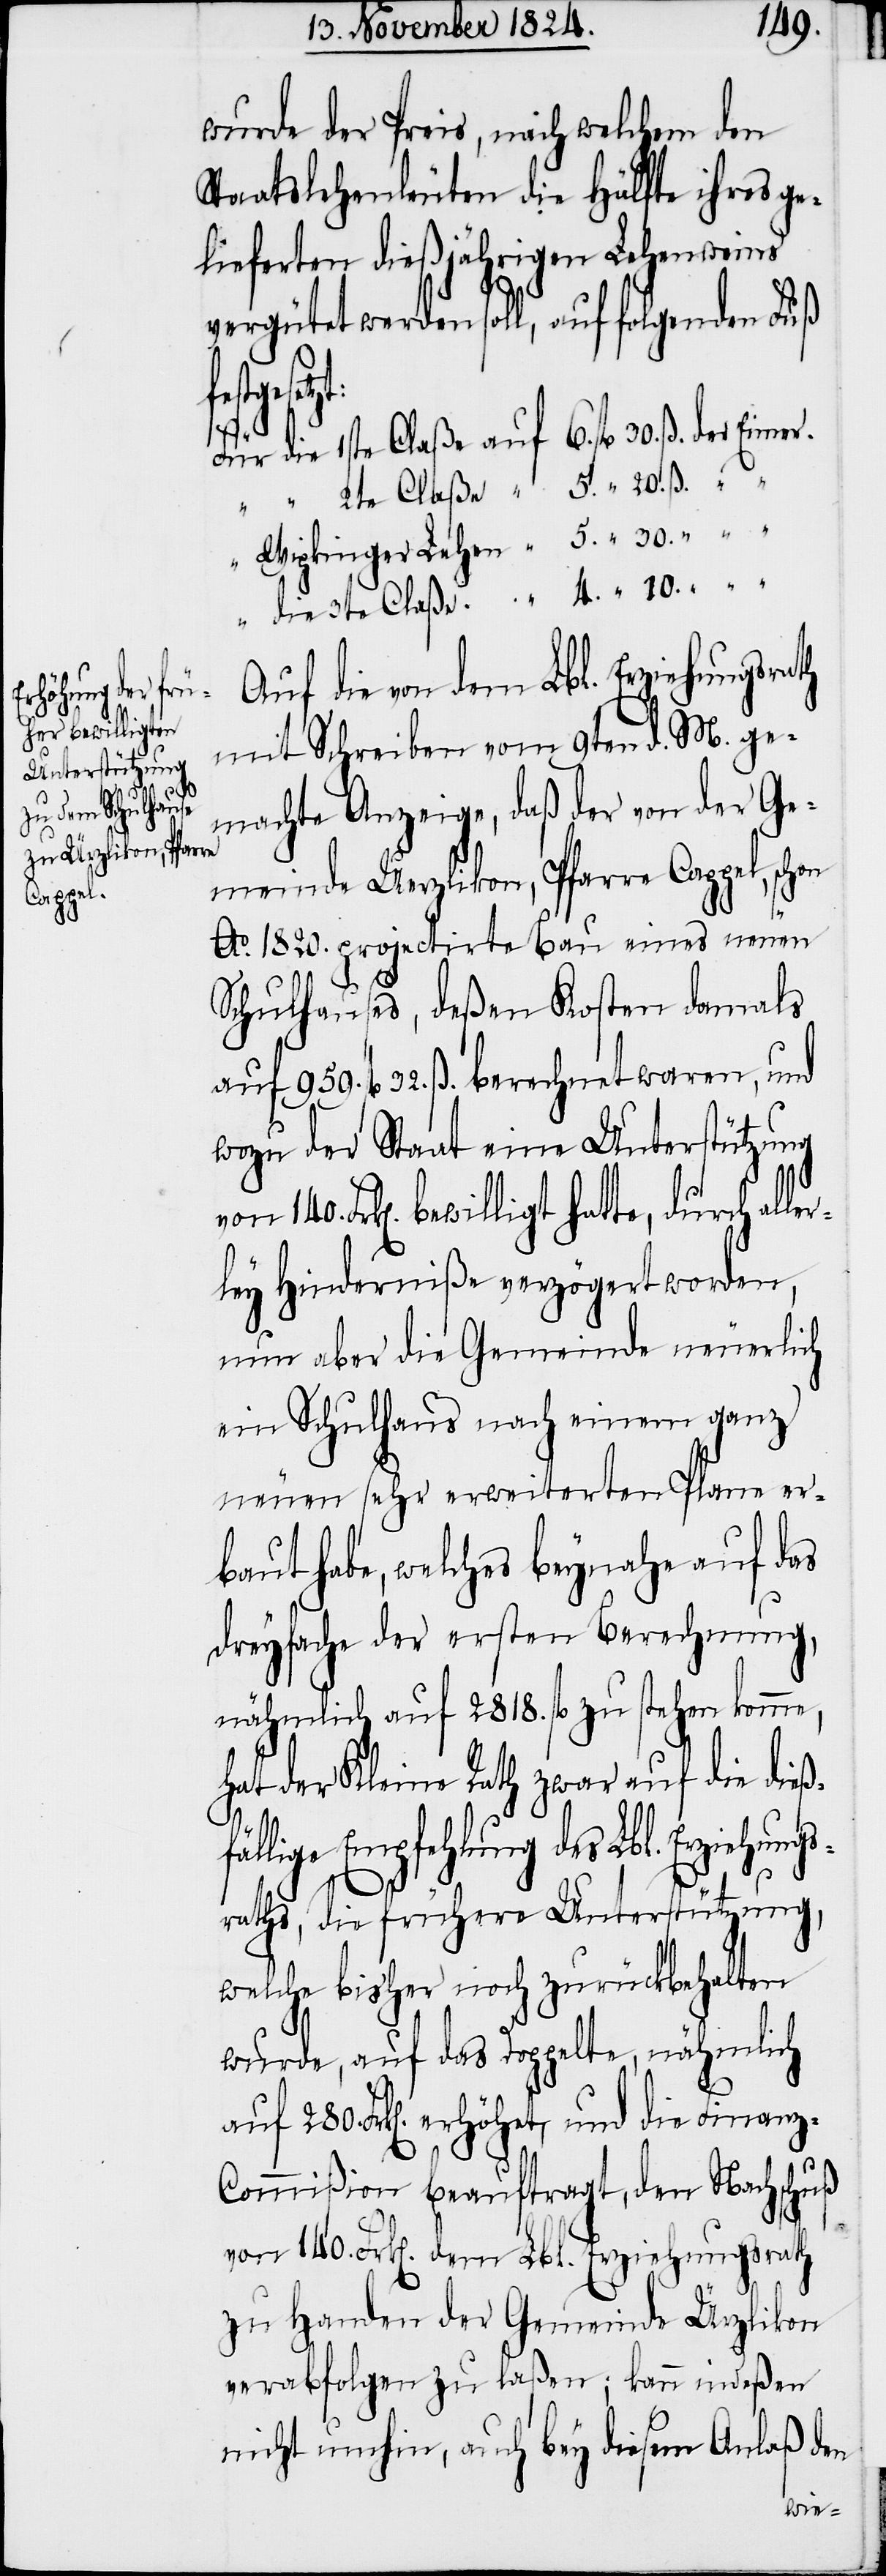
140.
wurde der Preis, nach welchem den
Staatslehenleuten die Hälfte ihres ge¬
lieferten dießjährigen Lehenweins
vergütet werden soll, auf folgenden Fuß
Eimer.
Für die 1ste Claße auf 	6. fl.	30. ß. der
Wipkinger Lehen	5. “		30. “ “
Auf die von dem Lbl. Erziehungsrath
Claße auf	5.
mit Schreiben vom 9ten d. M. ge¬
machte Anzeige, daß der von der Ge¬
meinde Uerzlikon, Pfarre Cappel, schon
Ao. 1820. projectirte Bau eines neuen
ß.
Schulhauses, deßen Kosten damals
auf 959. fl. 32. ß. berechnet waren, und
wozu der Staat eine Unterstützung
Frk[en]. bewilligt hatte, durch alle¬
rley Hinderniße verzögert worden,
nun aber die Gemeinde neuerlich
ein Schulhaus nach einem ganz
neuen sehr erweiterten Plane ver¬
baut habe, welches beynahe auf das
dreyfache der ersten Berechnung,
nähmlich auf 2818. fl. zu stehen komme,
hat der Kleine Rath zwar auf die dieß¬
fällige Empfehlung des Lbl. Erziehungs¬
“
raths, die frühere Unterstützung,
welche bisher noch zurückbehalten
wurde, auf das Doppelte, nähmlich
auf 280. Frk[en]. erhöhet, und die Finanz-C¬
ommißion beauftragt, den Nachschuß
von 140. Frk[en]. dem Lbl. Erziehungsrath
zu Handen der Gemeinde Ürzlikon
verabfolgen zu laßen; kann indeßen
nicht umhin, auch bey diesem Anlaß den
die